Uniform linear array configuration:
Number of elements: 12
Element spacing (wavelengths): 0.5
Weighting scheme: hann
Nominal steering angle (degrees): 15
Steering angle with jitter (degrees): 14.29
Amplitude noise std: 0.05
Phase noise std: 0.05

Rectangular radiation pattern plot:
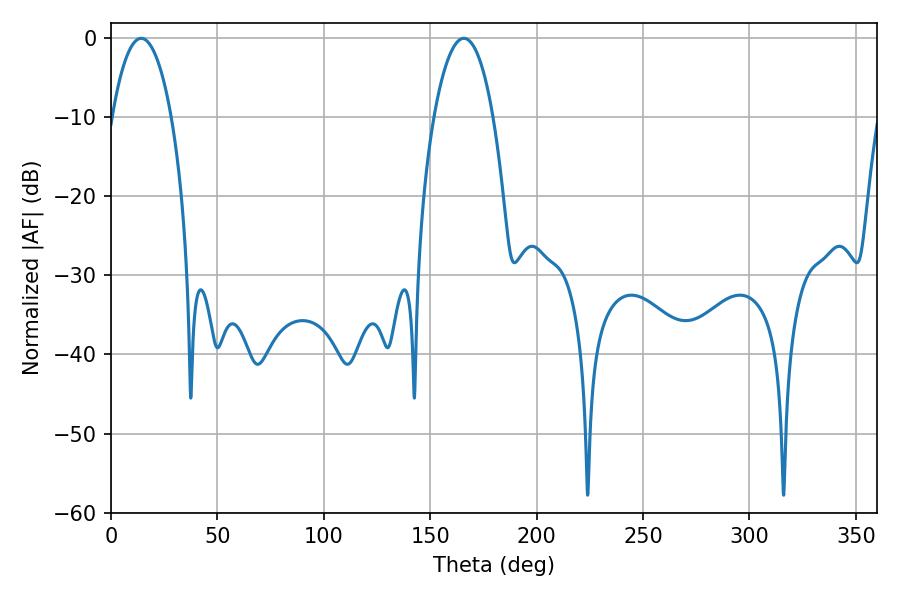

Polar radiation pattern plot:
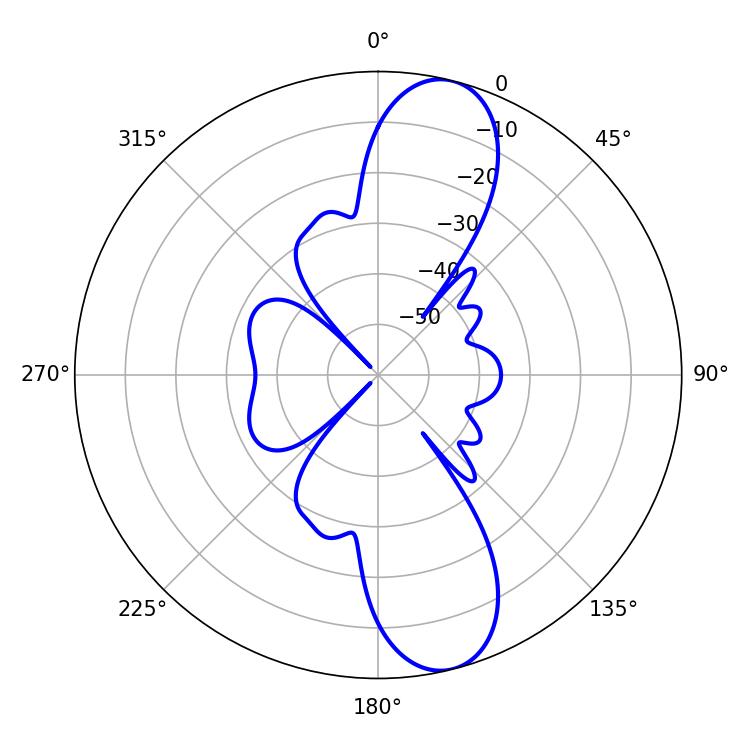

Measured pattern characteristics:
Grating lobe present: FALSE
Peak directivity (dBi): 11.536
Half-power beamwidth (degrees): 15.48
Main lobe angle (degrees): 14.22